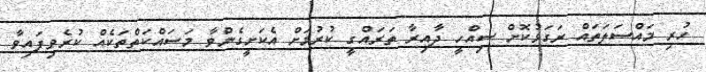
ހުރި މައްސަލަތައް ރަގަޅުކޮށް ސިއްހީ ދާއިރާ ތަރައްގީ ކުރުމަށް އެކަށީގެންވާ މަސައްކަތްތަކެއް ކުރެވިފައިވާ